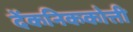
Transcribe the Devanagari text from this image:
देंकनिककोत्ती